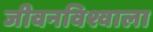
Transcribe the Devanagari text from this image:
जीवनविश्वाला